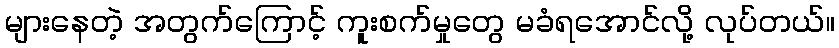
များနေတဲ့ အတွက်ကြောင့် ကူးစက်မှုတွေ မခံရအောင်လို့ လုပ်တယ်။